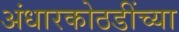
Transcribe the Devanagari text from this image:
अंधारकोठडींच्या